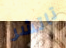
تاتشر